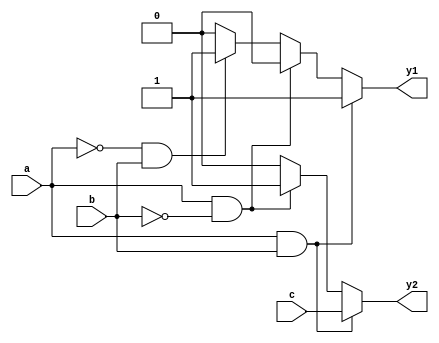
module combinational_logic (
    input wire a,
    input wire b,
    input wire c,
    output reg y1,
    output reg y2
);

always @(*) begin
    // Default assignments
    y1 = 0;
    y2 = 0;

    // Combinational logic with conditional statements
    if (a && b) begin
        y1 = 1; // y1 is high if both a and b are high
        y2 = c; // y2 follows the value of c
    end else if (a && !b) begin
        y1 = 0; // y1 is low if a is high and b is low
        y2 = 1; // y2 is high if a is high and b is low
    end else if (!a && b) begin
        y1 = 1; // y1 is high if a is low and b is high
        y2 = 0; // y2 is low if a is low and b is high
    end else begin
        y1 = 0; // y1 is low if both a and b are low
        y2 = 0; // y2 is low if both a and b are low
    end
end

endmodule